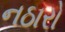
નઠારો